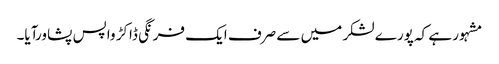
مشہور ہے کہ پورے لشکر میں سے صرف ایک فرنگی ڈاکڑ واپس پشاورآیا۔